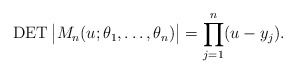
\begin{gather*}\operatorname{DET} \big | M_n(u;\theta_1,\ldots,\theta_n) \big |= \prod_{j=1}^{n} (u-y_j).\end{gather*}